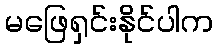
မဖြေရှင်းနိုင်ပါက